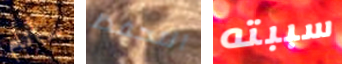
سأنام التحفظ سببته